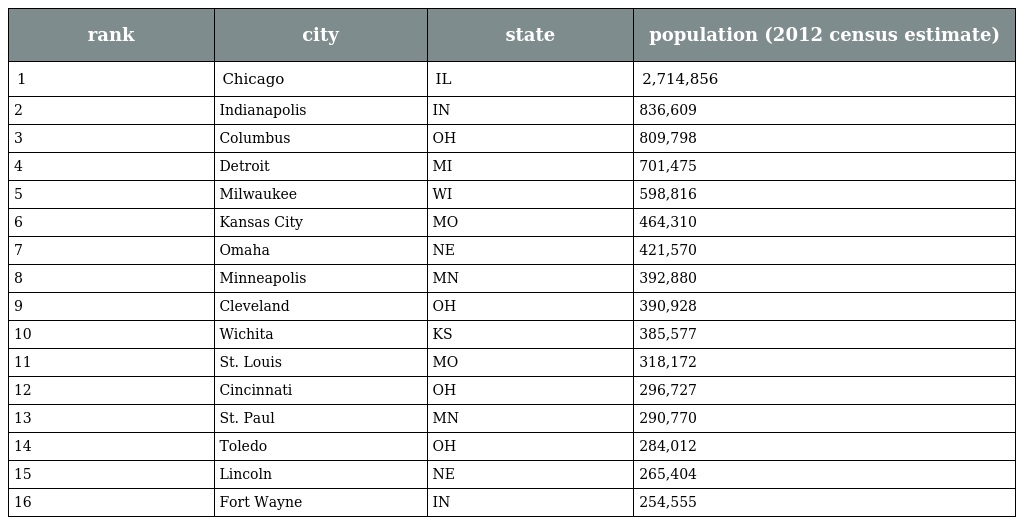
| rank | city | state | population (2012 census estimate) |
 | --- | --- | --- | --- |
 | 1 | Chicago | IL | 2,714,856 |
 | 2 | Indianapolis | IN | 836,609 |
 | 3 | Columbus | OH | 809,798 |
 | 4 | Detroit | MI | 701,475 |
 | 5 | Milwaukee | WI | 598,816 |
 | 6 | Kansas City | MO | 464,310 |
 | 7 | Omaha | NE | 421,570 |
 | 8 | Minneapolis | MN | 392,880 |
 | 9 | Cleveland | OH | 390,928 |
 | 10 | Wichita | KS | 385,577 |
 | 11 | St. Louis | MO | 318,172 |
 | 12 | Cincinnati | OH | 296,727 |
 | 13 | St. Paul | MN | 290,770 |
 | 14 | Toledo | OH | 284,012 |
 | 15 | Lincoln | NE | 265,404 |
 | 16 | Fort Wayne | IN | 254,555 |